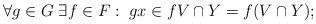
LaTeX: \begin{align*}\forall g \in G \; \exists f \in F: \; gx \in fV \cap Y = f(V \cap Y);\end{align*}